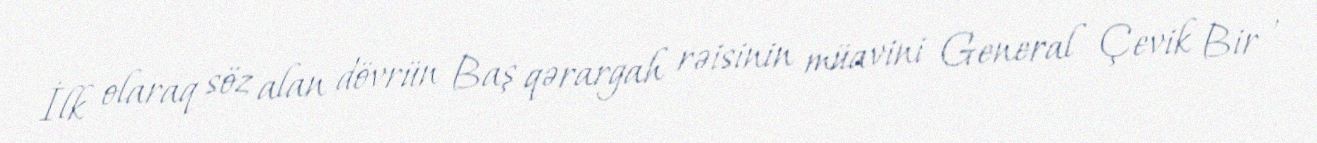
İlk olaraq söz alan dövrün Baş qərargah rəisinin müavini General Çevik Bir ,